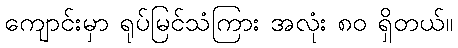
ကျောင်းမှာ ရုပ်မြင်သံကြား အလုံး ၈၀ ရှိတယ်။